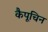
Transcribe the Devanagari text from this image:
कैपूचिन